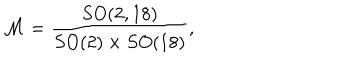
{ \cal M } = { \frac { S O ( 2 , 1 8 ) } { S O ( 2 ) \times S O ( 1 8 ) } } ,